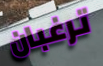
ترغبان